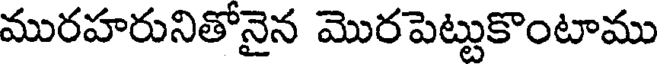
మురహరునితోనైన మొరపెట్టుకొంటాము